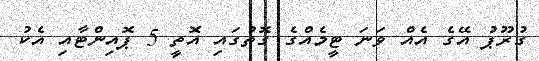
ގުރޫޕު އޭގެ އެއް ވަނަ ޓީމެއްގެ ގޮތުގައި އޮތީ 5 ޕޮއިންޓާއި އެކު